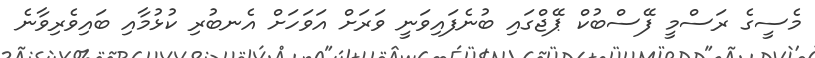
މެސީގެ ރަސްމީ ފޭސްބުކް ޕޭޖްގައި ބުނެފައިވަނީ ވަރަށް އަވަހަށް އެނބުރި ކުޅުމާއި ބައިވެރިވާނެ